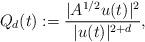
LaTeX: \begin{align*}Q_{d}(t):=\frac{|A^{1/2}u(t)|^{2}}{|u(t)|^{2+d}},\end{align*}